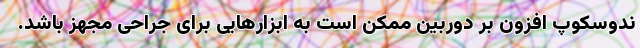
ندوسکوپ افزون بر دوربین ممکن است به ابزارهایی برای جراحی مجهز باشد.